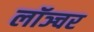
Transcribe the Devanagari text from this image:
लॉञ्चर